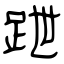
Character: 跇